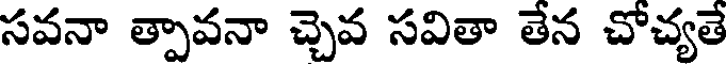
సవనా త్పావనా చ్చెవ సవితా తేన చోచ్యతే